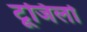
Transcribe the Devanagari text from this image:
टूजिलो